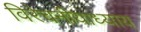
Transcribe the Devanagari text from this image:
विरेचनीयाध्याय